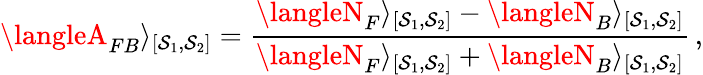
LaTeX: \langleA_{FB}\rangle_{[\mathcal{S}_{1},\mathcal{S}_{2}]}=\frac{{\langleN_{F}\rangle_{[\mathcal{S}_{1},\mathcal{S}_{2}]}-\langleN_{B}\rangle_{[\mathcal{S}_{1},\mathcal{S}_{2}]}}}{{\langleN_{F}\rangle_{[\mathcal{S}_{1},\mathcal{S}_{2}]}+\langleN_{B}\rangle_{[\mathcal{S}_{1},\mathcal{S}_{2}]}}}\, ,